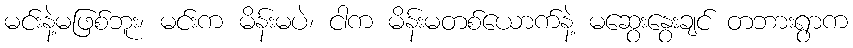
မင်းနဲ့မဖြစ်ဘူး၊ မင်းက မိန်းမပဲ၊ ငါက မိန်းမတစ်ယောက်နဲ့ မဆွေးနွေးချင် တဘားရွာက